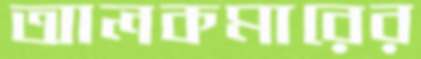
আলকমারের